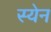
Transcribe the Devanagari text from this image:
स्येन